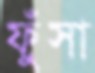
ফুঁসা